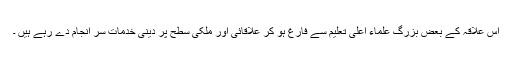
اس علاقہ کے بعض بزرگ علماء اعلی تعلیم سے فارغ ہو کر علاقائی اور ملکی سطح پر دینی خدمات سر انجام دے رہے ہیں ۔